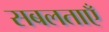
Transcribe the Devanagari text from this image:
सबलताएँ